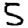
Digit: 5